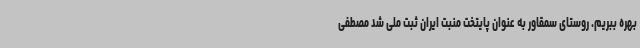
بهره ببریم. روستای سمقاور به عنوان پایتخت منبت ایران ثبت ملی شد مصطفی